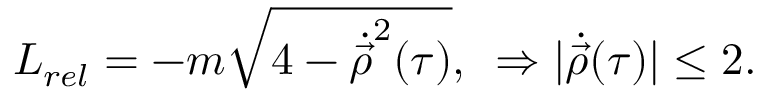
L _ { r e l } = - m \sqrt { 4 - \dot { \vec { \rho } } ^ { 2 } ( \tau ) } , \, \, \, \Rightarrow | { \dot { \vec { \rho } } } ( \tau ) | \leq 2 .